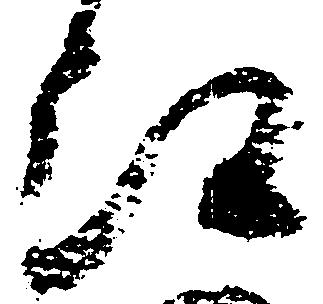
江